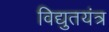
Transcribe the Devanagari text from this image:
विद्युतयंत्र